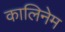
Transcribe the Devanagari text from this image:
कालिनेम